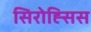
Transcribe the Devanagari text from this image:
सिरोह्सिस